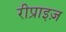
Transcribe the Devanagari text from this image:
रीप्राइज़